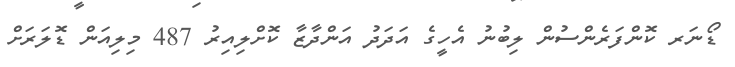
ޑޯނަރ ކޮންފަރެންސުން ލިބުނު އެހީގެ އަދަދު އަންދާޒާ ކޮށްލިއިރު 487 މިލިއަން ޑޮލަރަށް